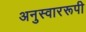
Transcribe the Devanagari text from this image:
अनुस्वाररूपी